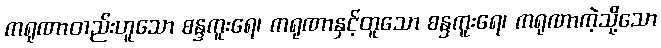
ကရုဏာတည်းဟူသော စန္ဒကူးရေ၊ ကရုဏာနှင့်တူသော စန္ဒကူးရေ၊ ကရုဏာကဲ့သို့သော